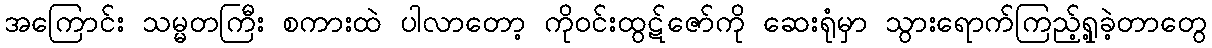
အကြောင်း သမ္မတကြီး စကားထဲ ပါလာတော့ ကိုဝင်းထွဋ်ဇော်ကို ဆေးရုံမှာ သွားရောက်ကြည့်ရှု့ခဲ့တာတွေ